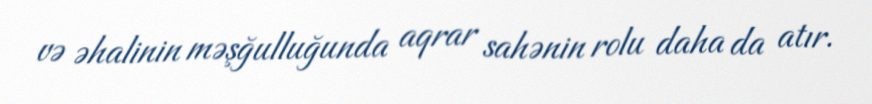
və əhalinin məşğulluğunda aqrar sahənin rolu daha da atır.